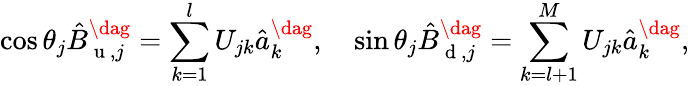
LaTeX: \cos{\theta_{j}}\hat{B}_{\mathrm{~u~},j}^{\dag}=\sum_{k=1}^{l}U_{jk}\hat{a}_{k}^{\dag},\quad\sin{\theta_{j}}\hat{B}_{\mathrm{~d~},j}^{\dag}=\sum_{k=l+1}^{M}U_{jk}\hat{a}_{k}^{\dag},